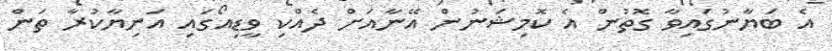
އެ ބަޔާނުގައިވާ ގޮތުން އެ ކޮމިޝަނުން އޭނާއަށް ދެއްކި ވީޑިއޯގައި އަނިޔާކުރާ ތަން